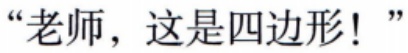
“老师，这是四边形！”